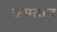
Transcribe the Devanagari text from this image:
जमताच